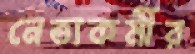
নেতাকর্মীর